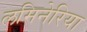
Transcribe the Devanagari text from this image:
लमिनेरिया